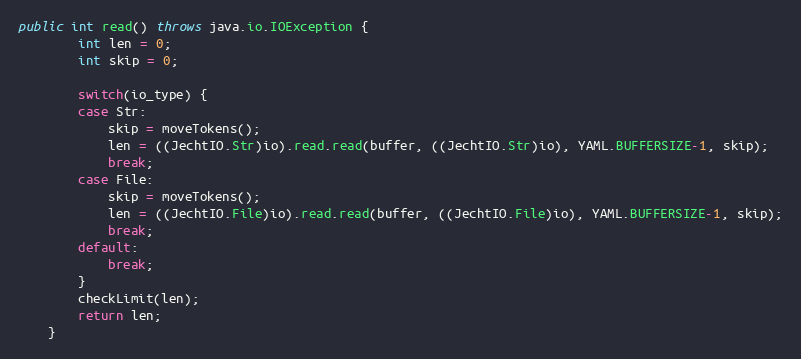
Language: Java
public int read() throws java.io.IOException {
        int len = 0;
        int skip = 0;

        switch(io_type) {
        case Str:
            skip = moveTokens();
            len = ((JechtIO.Str)io).read.read(buffer, ((JechtIO.Str)io), YAML.BUFFERSIZE-1, skip);
            break;
        case File:
            skip = moveTokens();
            len = ((JechtIO.File)io).read.read(buffer, ((JechtIO.File)io), YAML.BUFFERSIZE-1, skip);
            break;
        default:
            break;
        }
        checkLimit(len);
        return len;
    }